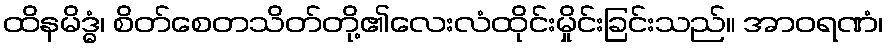
ထိနမိဒ္ဓံ၊ စိတ်စေတသိတ်တို့၏လေးလံထိုင်းမှိုင်းခြင်းသည်။ အာဝရဏံ၊